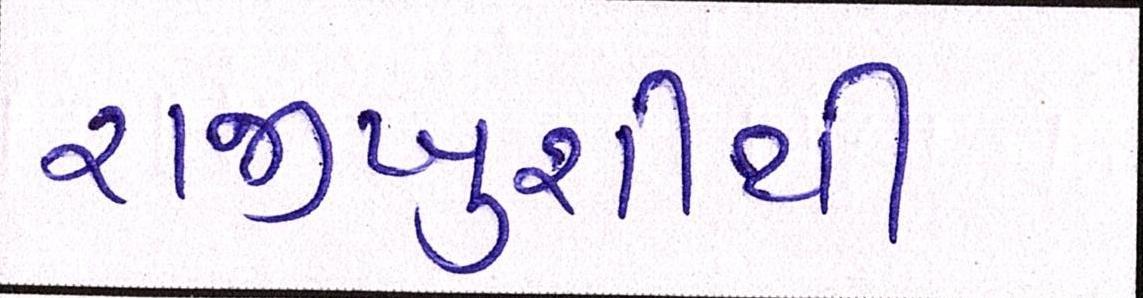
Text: રાજીખુશીથી